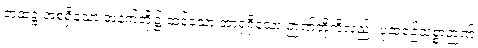
တထဋ္ဌ အစရှိသော အနက်တို့၌ ထင်သော အာရုံရှိသော ဉာဏ်တို့ကိုလည်း ပုထုဇဉ်သစ္စာဉာဏ်